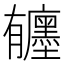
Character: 𪱰